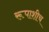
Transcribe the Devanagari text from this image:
रूपाशीच